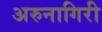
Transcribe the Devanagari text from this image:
अरुनागिरी